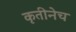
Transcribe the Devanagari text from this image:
कृतीनेच